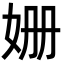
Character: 姗